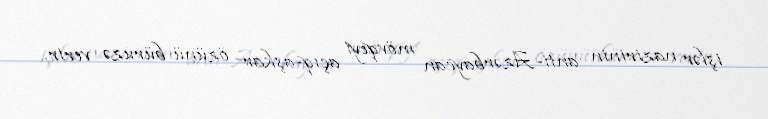
işlər nazirinin anti-Azərbaycan mövqeyi açıq-aşkar özünü büruzə verir.